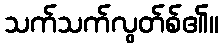
သက်သက်လွတ်စ်၏။